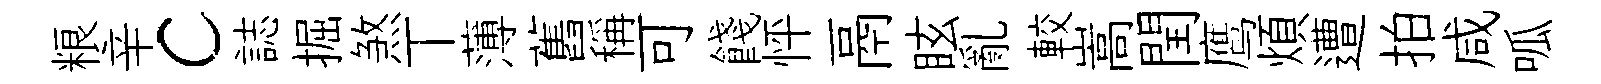
粮辛c誌掘煞丅薄舊稱可餞怦鬲眩亂較嵩閏鹰煩遭拍咸呱